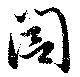
閭